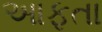
આફતા